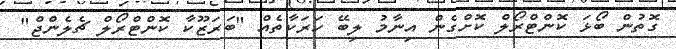
ގޮތުން ބޯޅަ ކޮންޓްރޯލް ކޮށްގެން އިނާމު ލިބޭ ހަރަކާތެއް "ބަރަޒޫކާ ކޮންޓްރޯލް ޗެލެންޖް"